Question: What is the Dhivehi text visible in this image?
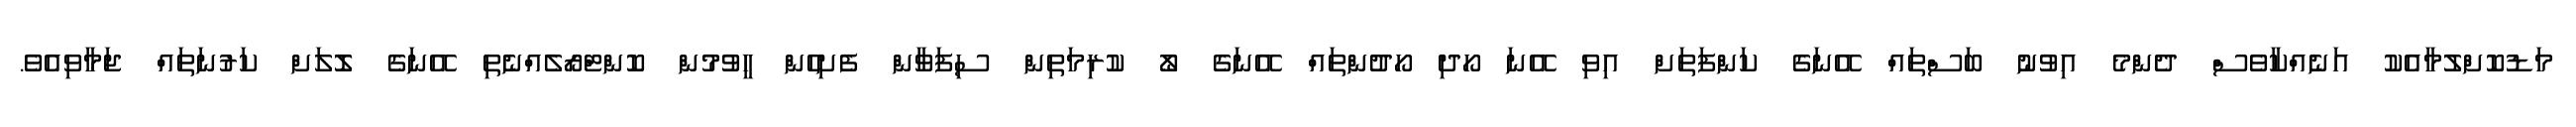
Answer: މަޑުކޮށްލުމާއެކު އަނެއްކާވެސް ދެންމެ އިވުނު ބަސްތައް އޭނަގެ ކަންފަތަށް އިވި އޭނަ ހޯދި ހޯދުންތައް އޭނަގެ ލޯ ކުރިމަތިން ސިފަވާން ފެށިހެން ހީވުމުން ކޮންޓްރޯލެއްނެތި އޭނަގެ ލޮލަށް ކަރުނަތައް ޖަމާވިއެވެ.